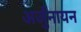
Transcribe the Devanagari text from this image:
अर्जुनायन